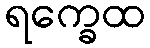
ရက္ခေထ